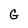
Character: G